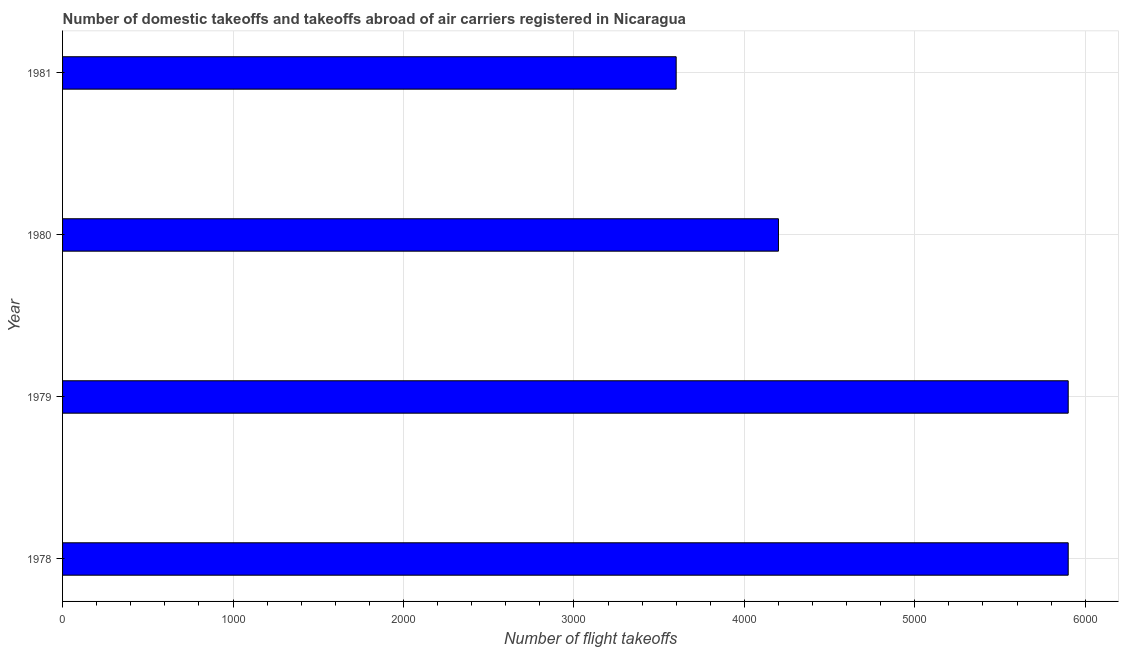
| Year | Air transport |
 | --- | --- |
 | 1978 | 5.9e+03 |
 | 1979 | 5.9e+03 |
 | 1980 | 4.2e+03 |
 | 1981 | 3.6e+03 |